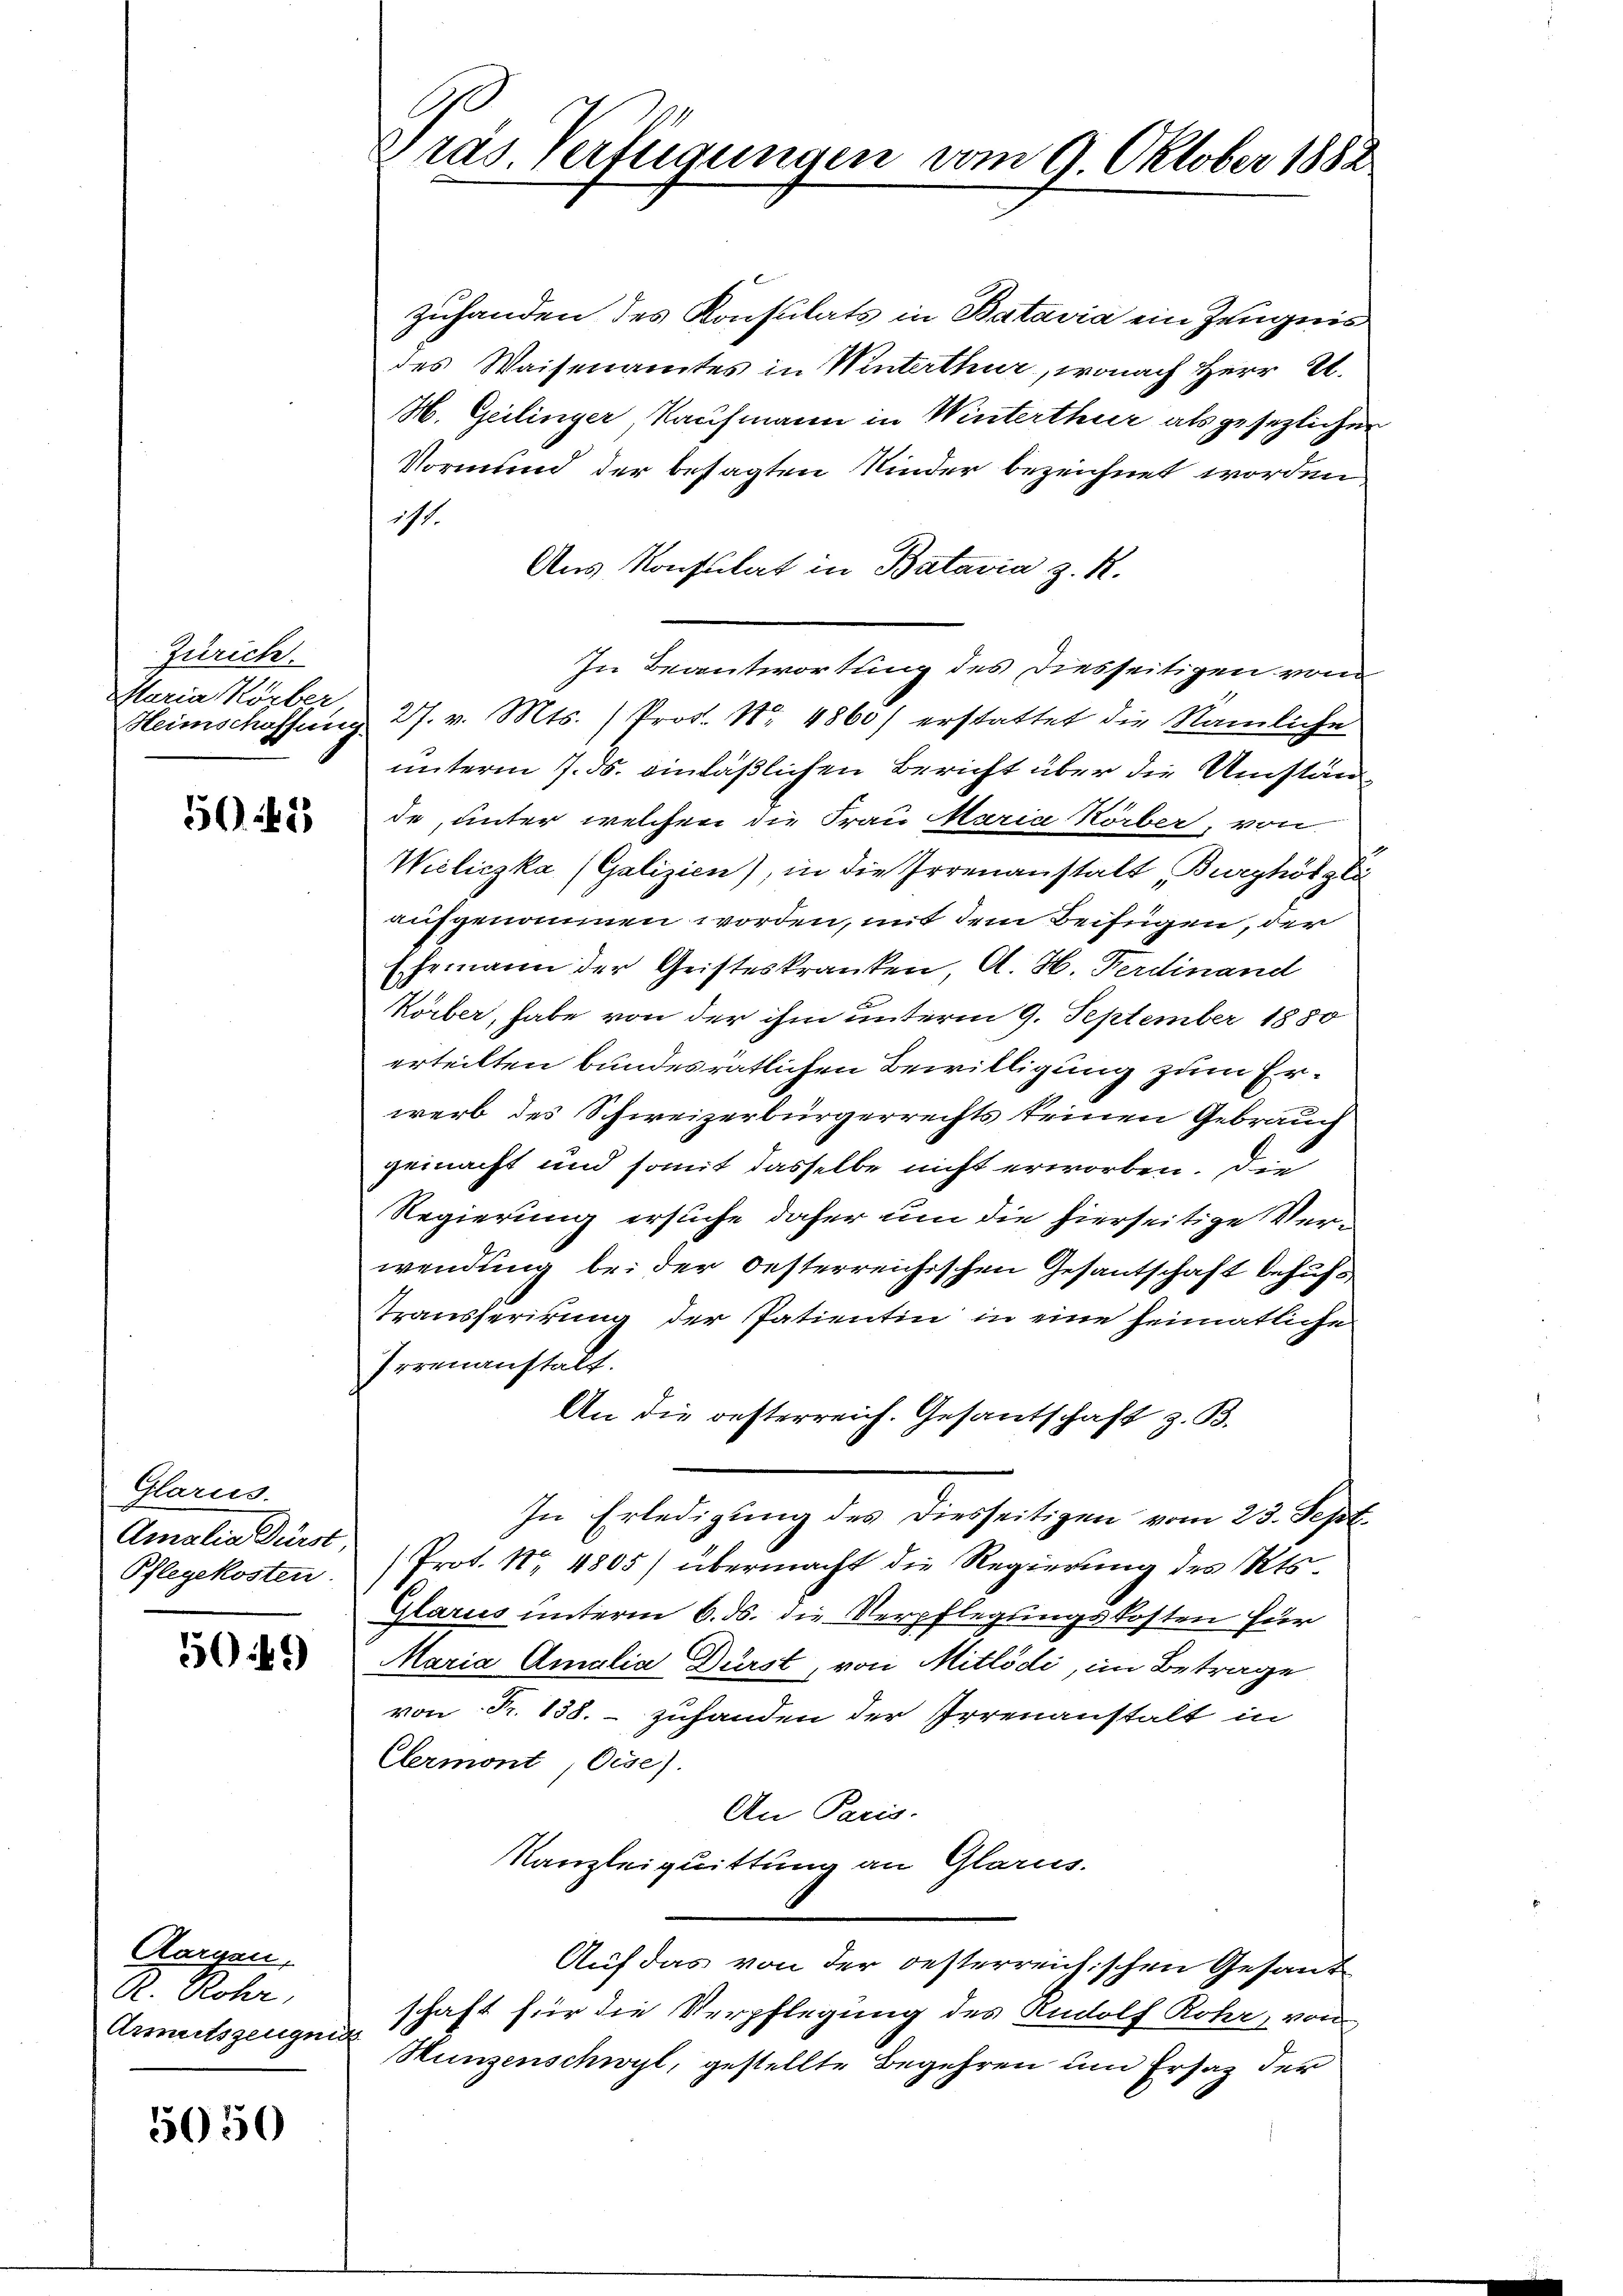
Zürich.
Maria Körber

505

Glarus.
Pflegekosten

502)

Aorgen,
R. Rohr,

5050

zuhanden des Konsulats in Batavia ein Zeugnis
des Waisenamtes in Winterthur, wonach Herr St.
H. Geilinger, Kaufmann in Winterthur als gesezlichen
Vormund der besagten Kinder bezeichnet worden,
ist.
Aus Konsulat in Batavia z. R.
In Beantwortung des Diesseitigen von
Heimschaffung 27. v. Mts. ) Prof. Nr. 4860) erstattet die Nämliche
unterm 7. ds. einläßlichen Bericht über die Umstän
de, unter welchen die Frau Maria Körber, von
Weliczka (Galizien), in die Irrenanstalt Burghölzli
aufgenommen worden, mit dem Beifügen, der
Ehemann der Geisteskranken, A. H. Ferdinand
Körber, habe von der ihm unterm 9. September 1880
erteilten bundesrätlichen Bewilligung zum Erwerb des Schweizerbürgerrechts keinen Gebrauch
gemacht und somit dasselbe nicht erworben. Die
Regierung ersuche daher um die hierseitige Verwendung bei der Oesterreichischen Gesantschaft behufs
Transferirung der Patientin in eine heimatliche
Irrenanstalt.
An die oesterreich. Gesandtschaft z. B.
In Erledigung des diesseitigen vom 23. Sept.
Amalia Dürst Prot. Nr. 4805) übermacht die Regierung des Kts.
Glarus unterm 6. ds. die Verpflegungskosten für
Maria Amalia Dürst, von Mitlödi, im Betrage
von Fr. 138. - zuhanden der Irrenanstalt in
Clermont, Eise).
An Paris.
Kanzleiquittung an Glarus.
Auf das von der oesterreichischen Gesandschaft für die Verpflegung des Rudolf Rohr, von
Anmutszeugen Hunzenschwyl, gestellte Begehren um Ersatz der

E
Gras Verfügungen vom 9. Oktober 1882